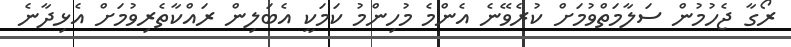
ރޯގާ ޖެހުމުން ސަލާމަތްވުމަށް ކުރެވޭނެ އެންމެ މުހިންމު ކަމަކީ އެބަލިން ރައްކާތެރިވުމަށް އެޅިދާނެ